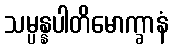
သမ္ပန္နပါတိမောက္ခာနံ